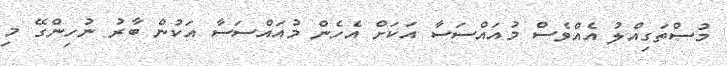
މުސްތަގިއްލު އެއްވެސް މުއައްސަސާ އަކަށް އެހެން މުއައްސަސާ އަކުން ބާރު ނުހިންގޭ މި